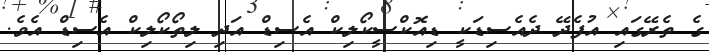
ގެ ތެރޭގައި އުފެދޭ ދެއެސިޑަކީ ޑިއޮކްސީކޯލިކް އެސިޑް އަދި ލިތޯކޯލިކް އެސިޑް އެވެ.